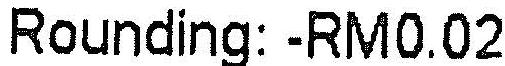
ROUNDING: -RM0.02